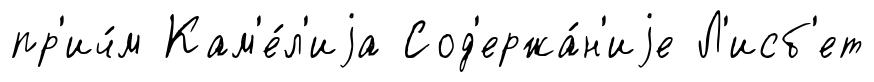
пр'ич́м Кам'е́л'иjа Сод'ержа́н'иjе Л'исб'ет